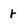
Character: r